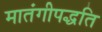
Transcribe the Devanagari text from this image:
मातंगीपद्धति